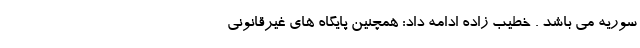
سوریه می باشد . خطیب زاده ادامه داد: همچنین پایگاه های غیرقانونی